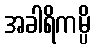
အခါရိကမ္ပိ